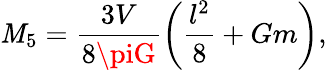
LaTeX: \mathit{M}_{5}=\frac{{3V}}{{8\piG}}\left(\frac{{l^{2}}}{{8}}+Gm\right),